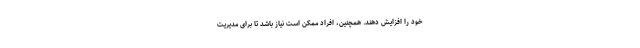
خود را افزایش دهند. همچنین، افراد ممکن است نیاز باشد تا برای مدیریت